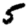
Digit: 5